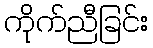
ကိုက်ညီခြင်း